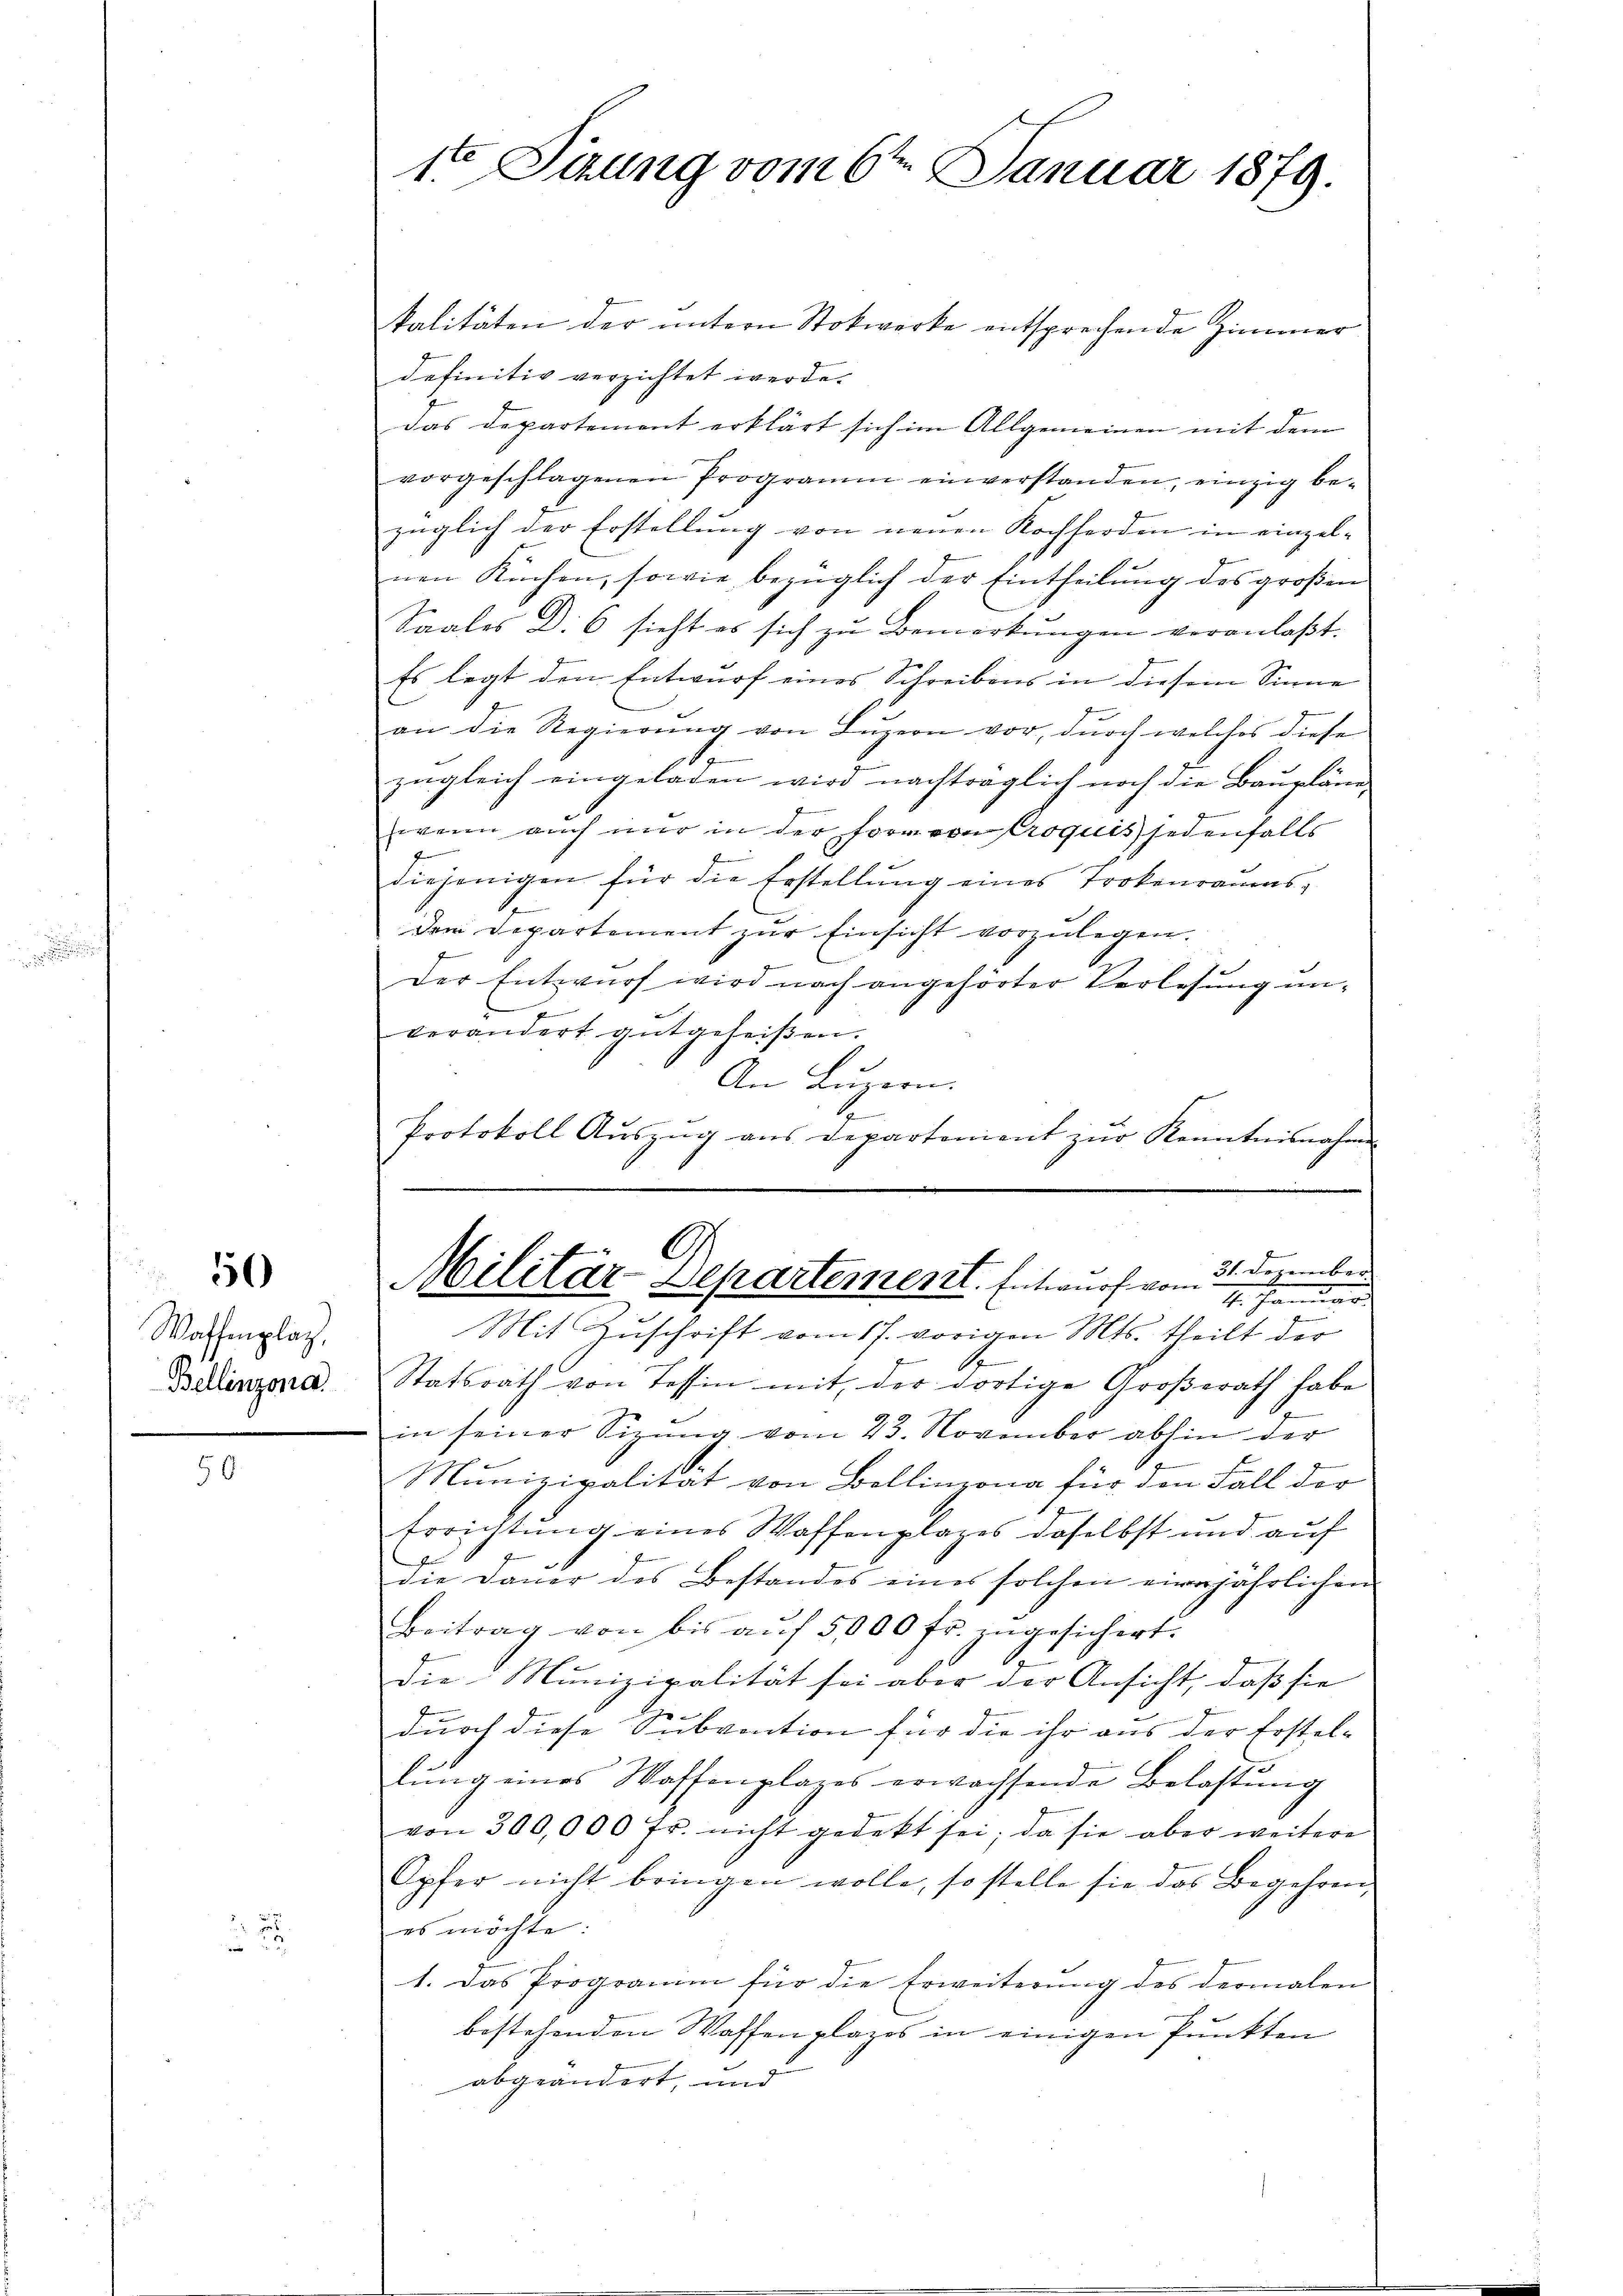
50)

Waffenplaz,
Bellinzona.

E
1. Sizung vom 6ten Januar 1879.

kalitäten der untern Stokwerke entsprechende Zimmer
definitiv verzichtet werde.
das Departement erklärt sich im Allgemeinen mit dem
vorgeschlagenen Programm einverstanden, einzig be-
züglich der Erstellung von neuen Kochferden in einzelnen Küchen, sowie bezüglich der Eintheilung des großen
Saales D. 6 sieht es sich zu Bemerkungen veranlaßt.
Es legt den Entwurf eines Schreibens in diesem Sinne
an die Regierung von Luzern vor, durch welches diese
i
zugleich eingeladen wird nachträglich noch die Baupläne,
wenn auch nur in der Form von Croquis jedenfalls
diejenigen für die Erstellung eines Trokenraums,
dem Departement zur Einsicht vorzulegen.
Der Entwurf wird nach angehörter Verlesung anf
verändert gutgeheißen.
An Luzern.
n
Protokoll Auszug aus Departonient zur Kenntnisnahme

C
31. Dezember
Militär-Departement. Entwurf vom
1. Januar
Mit Zuschrift vom 17. vorigen Mts. theilt der

e
Statsrath von Tessin mit der dortige Groβerath habe
in seiner Sitzung vom 23. November abhin der
.
Munizipalität von Bollinzona für den Fall der
Errichtung eines Waffenplazes daselbst und auf
die Dauer des Bestandes eines solchen einer jährlichen
Beitrag von bis aŭf 5,000 fr. zugesichert.
die Munizipalität sei aber der Ansicht, daß sie
durch diese Subvention für die ihr aus der Erstel-
lung eines Waffenplazes erwachsende Belastung
von 300,000 Fr. nicht gedeckt sei; da sie aber weitere
Opfer nicht bringen wolle, so stelle sie das Begehren,
es möchte:
1. Das Programm für die Erweiterŭng des dermalen
bestehenden Waffenplazes in einigen Punkten
abgeändert, und